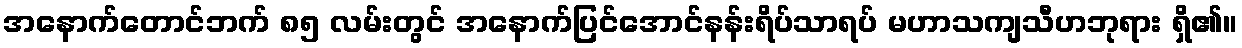
အနောက်တောင်ဘက် ၈၅ လမ်းတွင် အနောက်ပြင်အောင်နန်းရိပ်သာရပ် မဟာသကျသီဟဘုရား ရှိ၏။